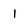
Character: 1